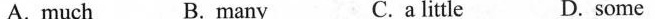
A. much B. many C.a little D. some